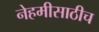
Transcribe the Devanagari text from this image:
नेहमीसाठीच